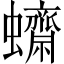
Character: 𧕚